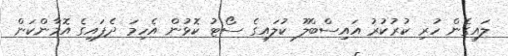
ލައިގެން ހުރި ކުރުކުރު އައިސްބްލޫ ކުލައިގެ ސޯޓު ކޮޅުން އެހިމަ ދެފައިގެ އޮމާންކަން